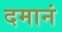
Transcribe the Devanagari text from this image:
दमानं